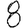
Digit: 8